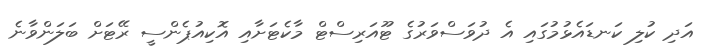
އަދި ކުލި ކަނޑައެޅުމުގައި އެ ދުވަސްވަރުގެ ޓޫއަރިސްޓް މާކެޓަށާއި އޮކިއުޕެންސީ ރޭޓަށް ބަލަންވާނެ